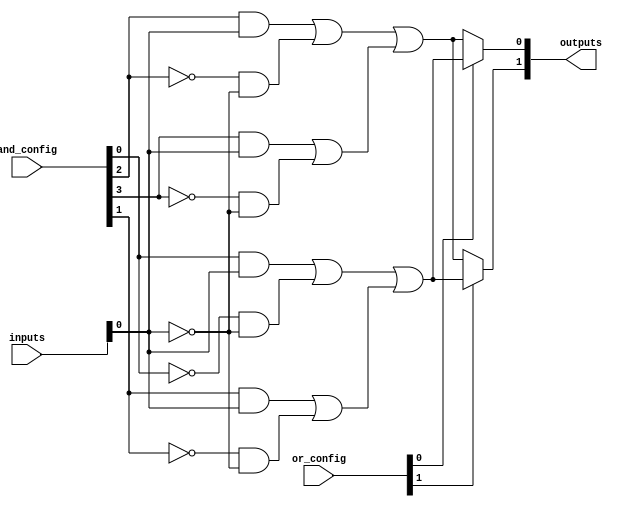
module PAL (
    input wire [N-1:0] inputs,           // N input lines
    input wire [M-1:0] and_config,       // Configuration for AND gates
    input wire [P-1:0] or_config,        // Configuration for OR gates
    output wire [Q-1:0] outputs           // Q output lines
);

parameter N = 8;                         // Number of inputs
parameter M = 4;                         // Number of AND gates
parameter P = 2;                         // Number of OR gates
parameter Q = 2;                         // Number of outputs

// Internal wires for AND gate outputs
wire [M-1:0] and_outputs;

// AND array implementation
genvar i;
generate
    for (i = 0; i < M; i = i + 1) begin : and_array
        assign and_outputs[i] = (and_config[i] & inputs) | (~and_config[i] & ~inputs);
    end
endgenerate

// OR array implementation
genvar j;
generate
    for (j = 0; j < P; j = j + 1) begin : or_array
        assign outputs[j] = or_config[j] ? (and_outputs[0] | and_outputs[1]) : (and_outputs[2] | and_outputs[3]);
    end
endgenerate

endmodule